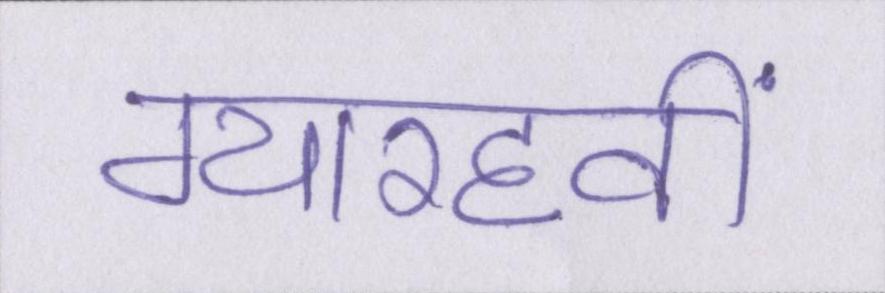
ग्यारहवीं